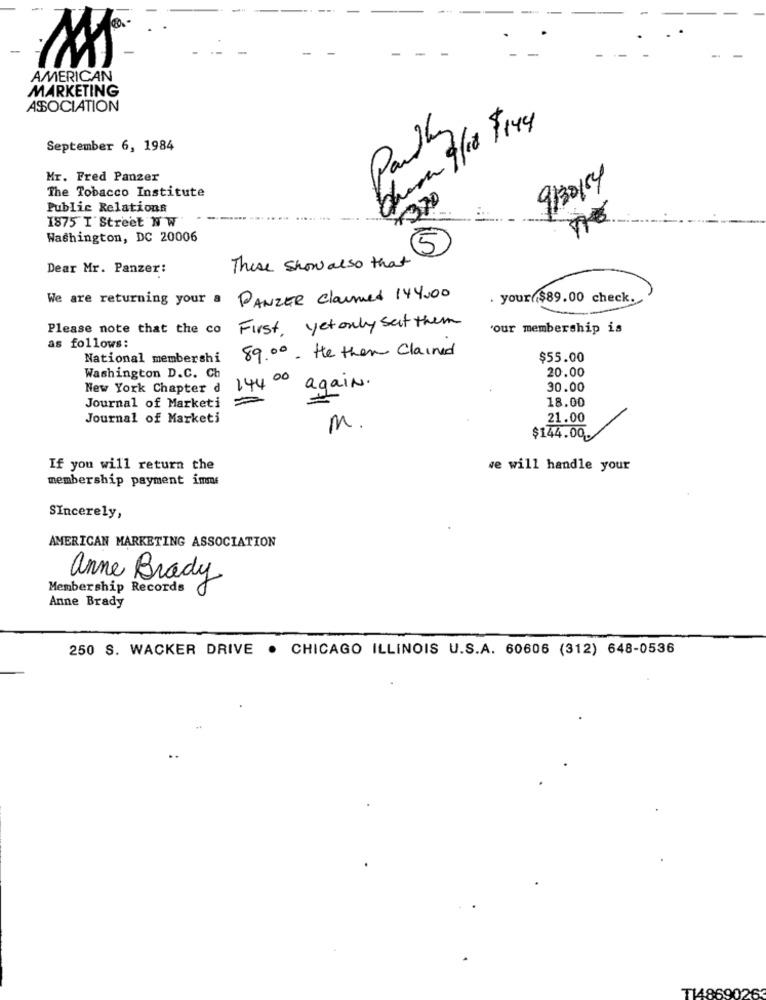
-
AMERICAN
MARKETING
ASSOCIATION
September 6, 1984
Mr. Fred Panzer
9/30/54
The Tobacco Institute
Public Relations
1875 I Street N W
Washington, DC 20006
5
Dear Mr. Panzer:
These show also that
We are returning your a PANZER Claumed 144.00
. your $89.00 check.
First , yet only set them
Please note that the co
'our membership is
as follows:
89.00- He then Claimed
National membershi
$55.00
20.00
Washington D.C. Ch
New York Chapter d
14400 again.
30.00
18.00
Journal of Marketi
Journal of Marketi
21.00
M.
$144.00
If you will return the
we will handle your
membership payment imme
Sincerely,
AMERICAN MARKETING ASSOCIATION
anne Brady
Membership Records
Anne Brady
250 S. WACKER DRIVE . CHICAGO ILLINOIS U.S.A. 60606 (312) 648-0536
T1486902